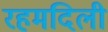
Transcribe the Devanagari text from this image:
रहमदिली